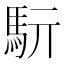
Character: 䭼